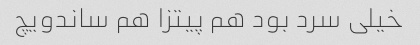
خیلی سرد بود هم پیتزا هم ساندویچ